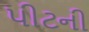
પીટની